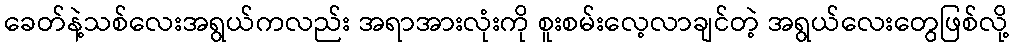
ခေတ်နဲ့သစ်လေးအရွယ်ကလည်း အရာအားလုံးကို စူးစမ်းလေ့လာချင်တဲ့ အရွယ်လေးတွေဖြစ်လို့